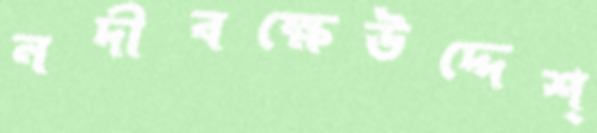
নদীবক্ষেউদ্দেশ্